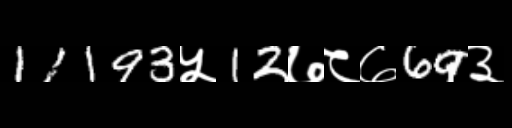
Text: 11193५12७८७69३